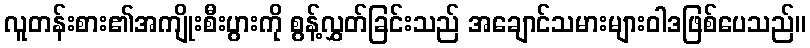
လူတန်းစား၏အကျိုးစီးပွားကို စွန့်လွှတ်ခြင်းသည် အချောင်သမားများဝါဒဖြစ်ပေသည်။